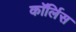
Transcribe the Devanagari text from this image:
कॉर्लिस